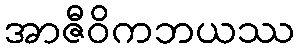
အာဇီဝိကဘယဿ